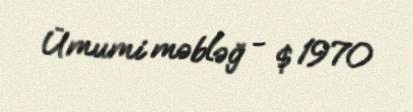
Ümumi məbləğ - $ 1970